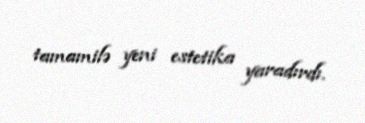
tamamilə yeni estetika yaradırdı.